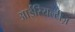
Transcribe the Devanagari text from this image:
आईरियल्टीज़